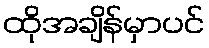
ထိုအချိန်မှာပင်